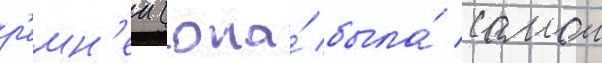
р'емн'еи (она́ была́ самои